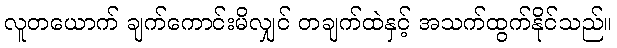
လူတယောက် ချက်ကောင်းမိလျှင် တချက်ထဲနှင့် အသက်ထွက်နိုင်သည်။